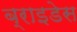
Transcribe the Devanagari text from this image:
ब्राइडेस